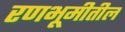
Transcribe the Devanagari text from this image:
रणभूमीतील